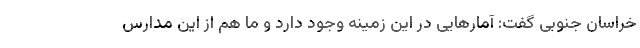
خراسان جنوبی گفت: آمارهایی در این زمینه وجود دارد و ما هم از این مدارس